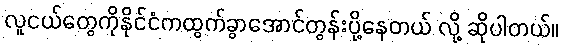
လူငယ်တွေကိုနိုင်ငံကထွက်ခွာအောင်တွန်းပို့နေတယ် လို့ ဆိုပါတယ်။